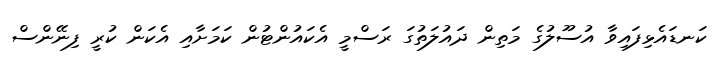
ކަނޑައެޅިފައިވާ އުސޫލުގެ މަތިން ދައުލަތުގަ ރަސްމީ އެކައުންޓުން ކަމަށާއި އެކަން ކުރީ ފިނޭންސް